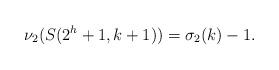
LaTeX: \begin{align*}\nu_2(S(2^h+1,k+1))= \sigma_2(k)-1.\end{align*}